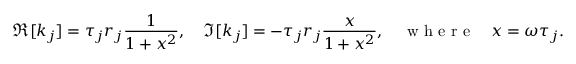
\Re [ k _ { j } ] = \tau _ { j } r _ { j } \frac { 1 } { 1 + x ^ { 2 } } , \quad \Im [ k _ { j } ] = - \tau _ { j } r _ { j } \frac { x } { 1 + x ^ { 2 } } , \quad \mathrm { ~ w ~ h ~ e ~ r ~ e ~ } \quad x = \omega \tau _ { j } .